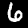
Label: 6